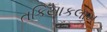
તકિયાકલામ